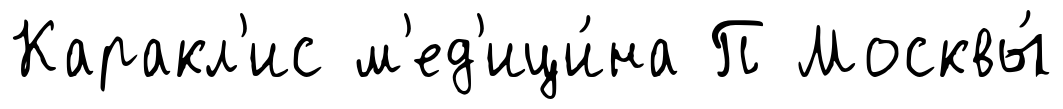
Каракл'ис м'ед'ици́на П Москвы́